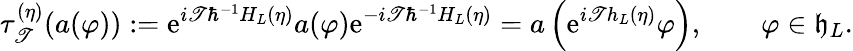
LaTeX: \tau_{\mathscr{T}}^{(\eta)}(a(\varphi)):=\mathrm{{e}}^{i\mathscr{T}\hbar^{-1}H_{L}\left(\eta\right)}a(\varphi)\mathrm{{e}}^{-i\mathscr{T}\hbar^{-1}H_{L}\left(\eta\right)}=a\left(\mathrm{{e}}^{i\mathscr{T}h_{L}\left(\eta\right)}\varphi\right),\qquad\varphi\in\mathfrak{{h}}_{L}.